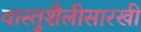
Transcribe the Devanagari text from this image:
वास्तुशैलीसारखी